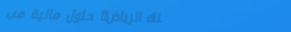
بنك الرياض: حلول مالية مب